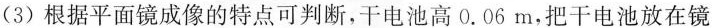
(3)根据平面镜成像的特点可判断，干电池高0.06m，把干电池放在镜